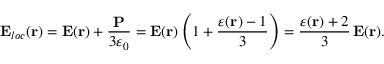
{ \bf E } _ { l o c } ( { \bf r } ) = { \bf E } ( { \bf r } ) + \frac { { \bf P } } { 3 \varepsilon _ { 0 } } = { \bf E } ( { \bf r } ) \left( 1 + \frac { \varepsilon ( { \bf r } ) - 1 } { 3 } \right) = \frac { \varepsilon ( { \bf r } ) + 2 } { 3 } \, { \bf E } ( { \bf r } ) .